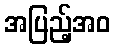
အပြည့်အဝ